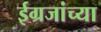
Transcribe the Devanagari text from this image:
ईग्रजांच्या